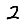
Digit: 2